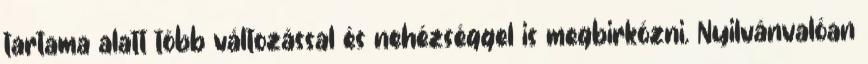
tartama alatt több változással és nehézséggel is megbirkózni. Nyilvánvalóan